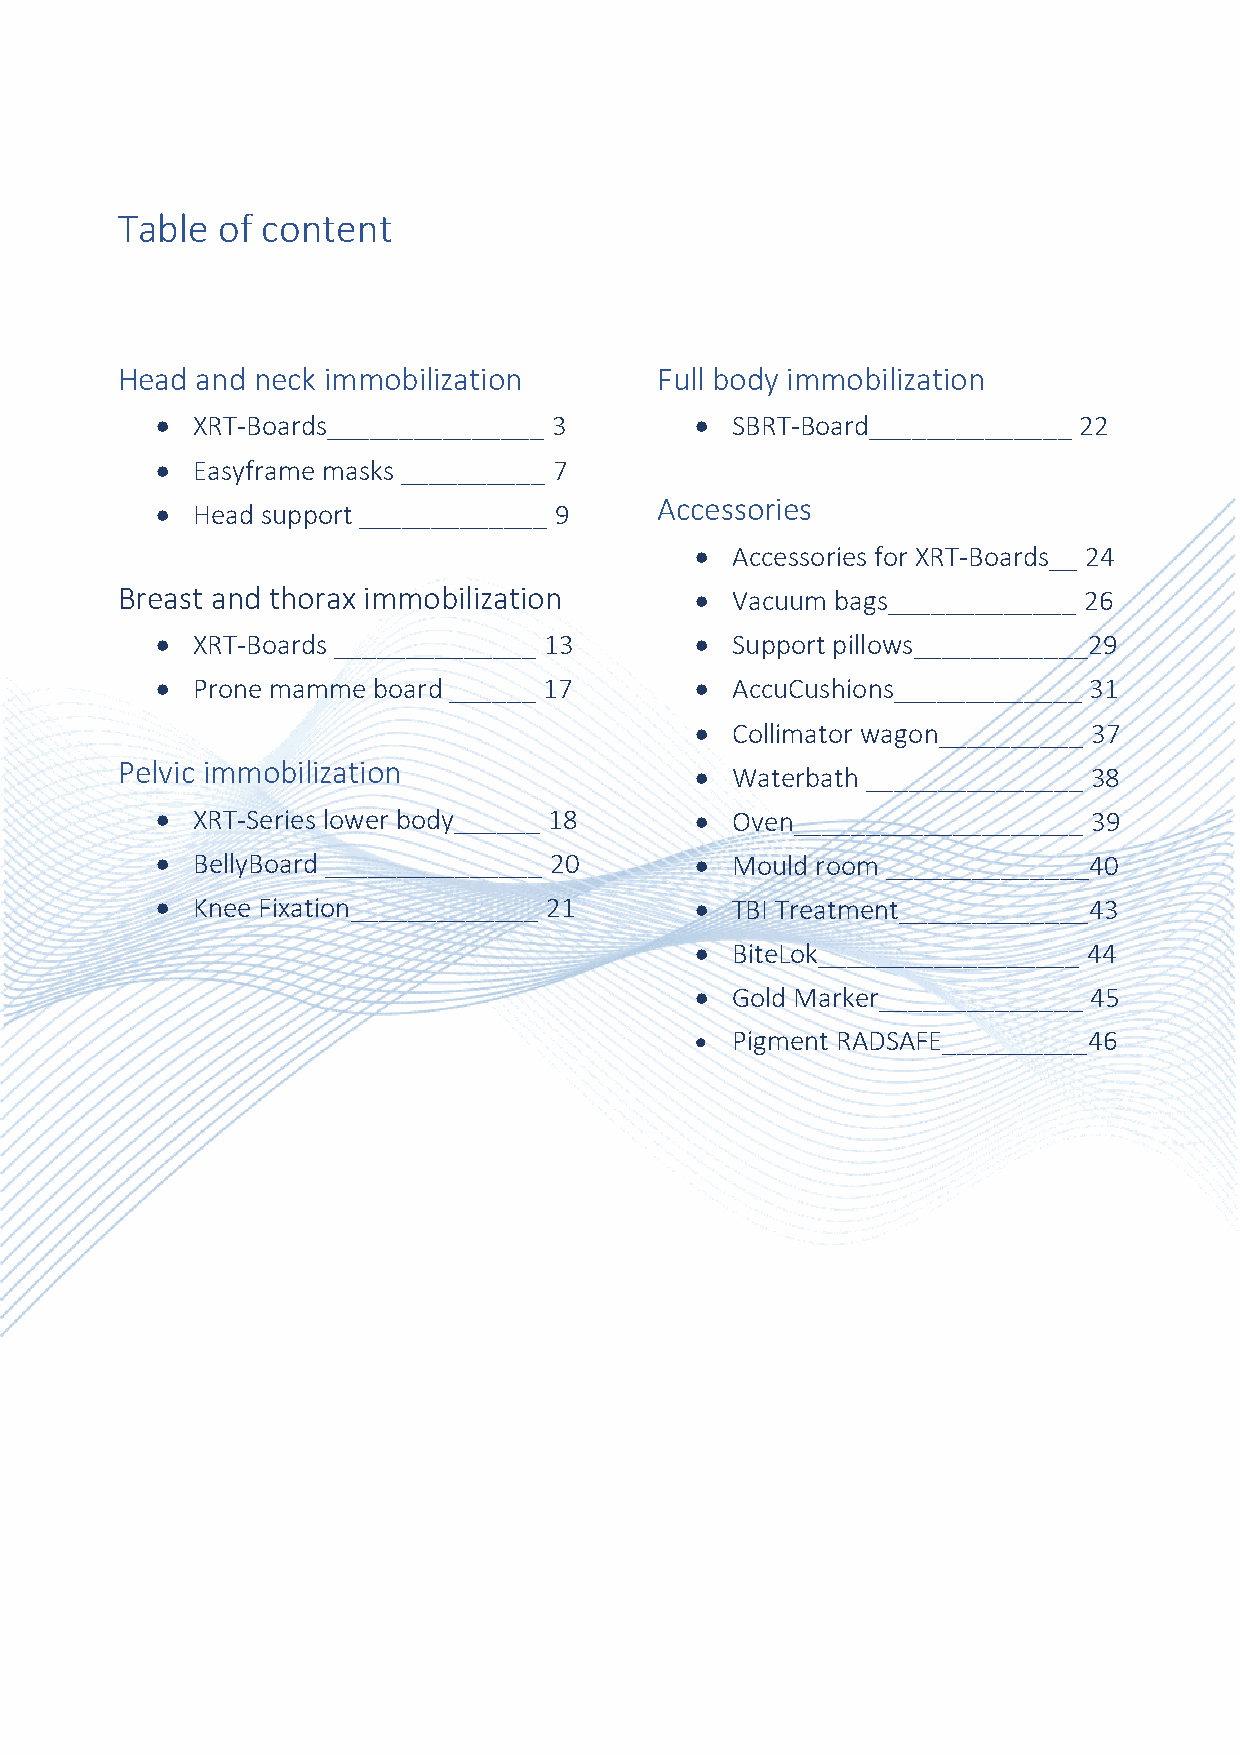
Table of content
 Head and neck immobilization       Full body immobilization
 •  XRT-Boards_______________ 3      • SBRT-Board______________ 22
 •  Easyframe masks __________ 7
 •  Head support _____________ 9  Accessories
 • Accessories for XRT-Boards__ 24
 Breast and thorax immobilization      • Vacuum bags_____________ 26
 •  XRT-Boards ______________ 13     • Support pillows____________29
 •  Prone mamme board ______ 17      • AccuCushions_____________ 31
 • Collimator wagon__________ 37
 Pelvic immobilization                 • Waterbath _______________ 38
 •  XRT-Series lower body______ 18   • Oven____________________ 39
 •  BellyBoard _______________ 20    • Mould room ______________40
 •  Knee Fixation_____________ 21    • TBI Treatment_____________43
 • BiteLok__________________ 44
 • Gold Marker______________ 45
 • Pigment RADSAFE__________46